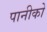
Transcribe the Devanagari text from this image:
पानीको